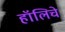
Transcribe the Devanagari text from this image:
हॉलिचे